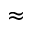
\approx